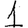
Digit: 1